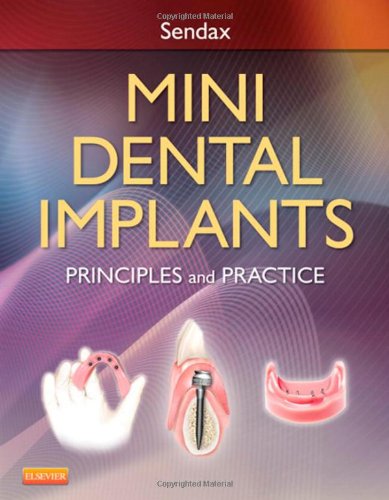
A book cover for Mini Dental Implants: Principles and Practice, 1e; Victor Dr. Sendax; Medical Books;